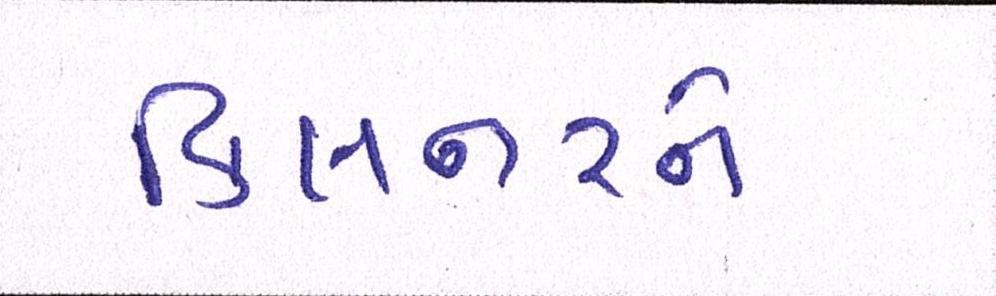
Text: કિલનરને